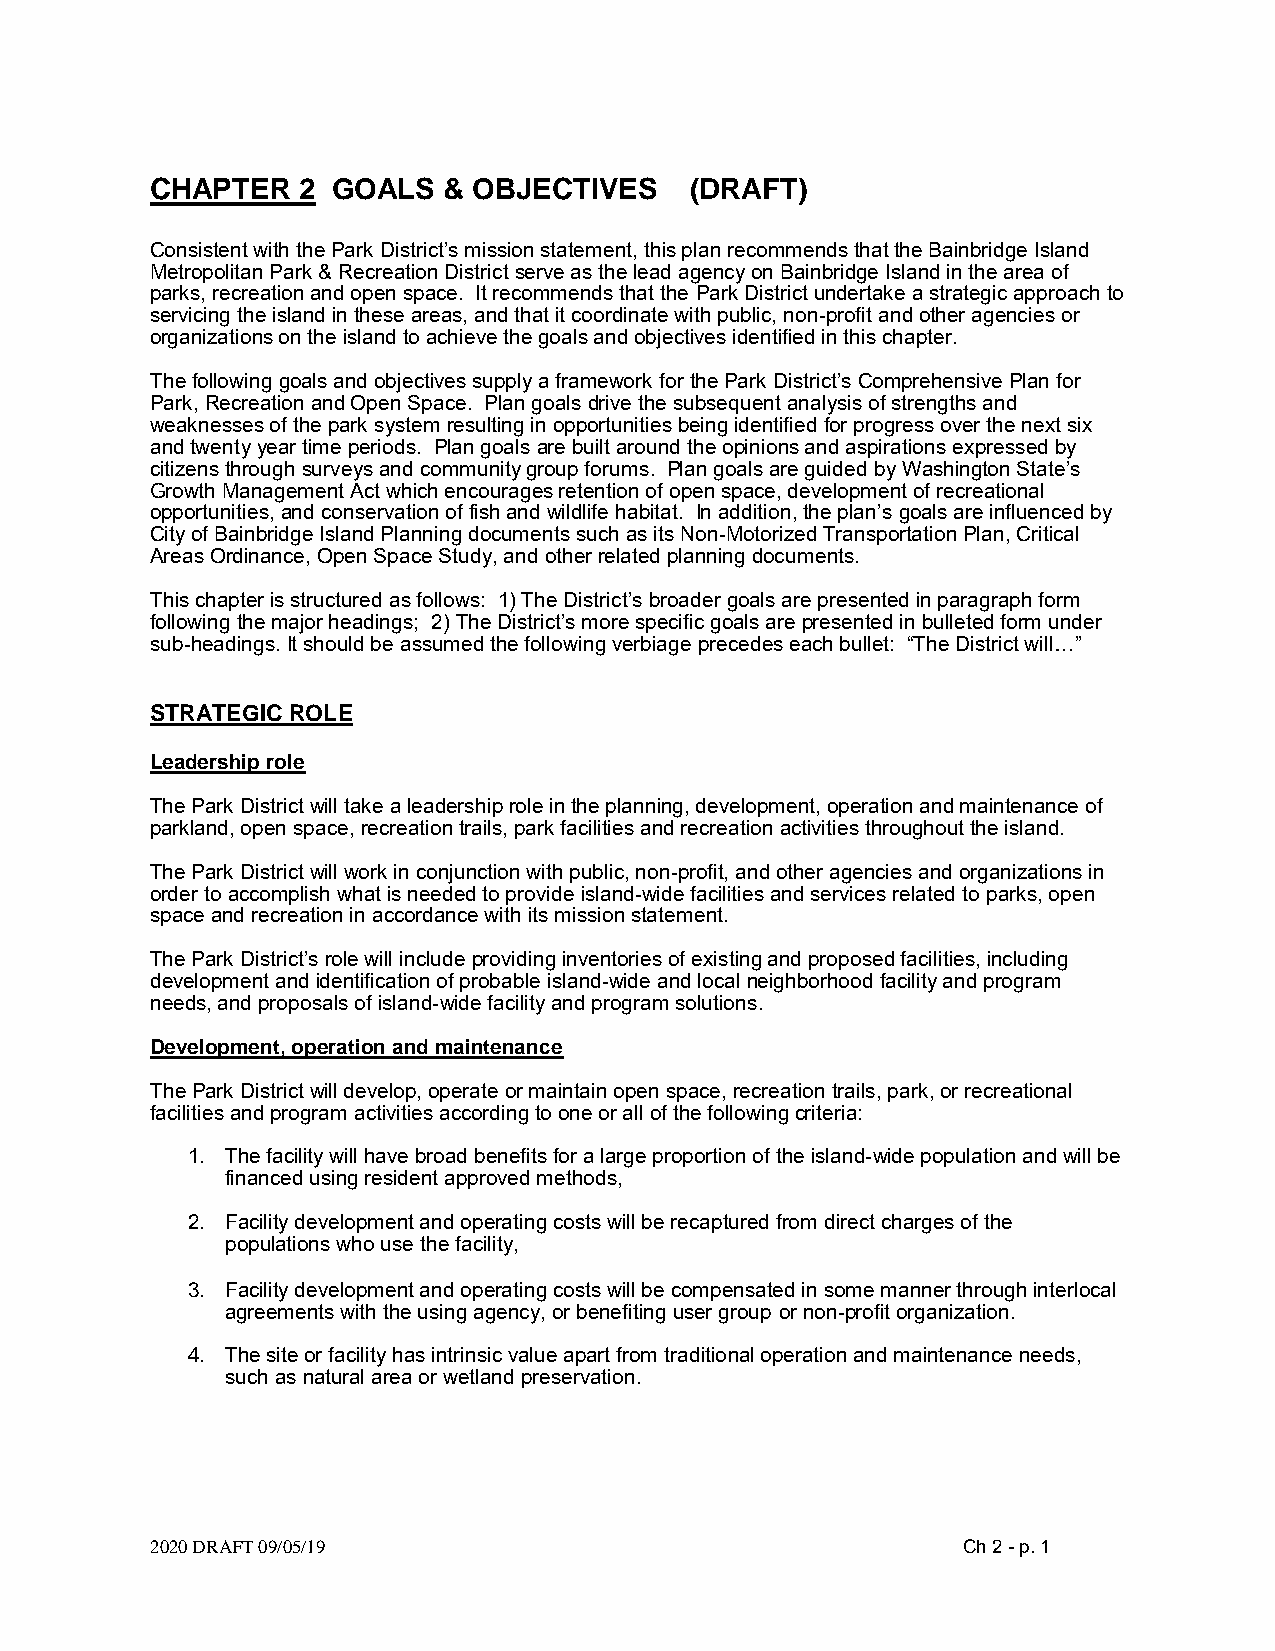
CHAPTER   2 GOALS  & OBJECTIVES     (DRAFT)
 Consistent with the Park District’s mission statement, this plan recommends that the Bainbridge Island
 Metropolitan Park & Recreation District serve as the lead agency on Bainbridge Island in the area of
 parks, recreation and open space. It recommends that the Park District undertake a strategic approach to
 servicing the island in these areas, and that it coordinate with public, non-profit and other agencies or
 organizations on the island to achieve the goals and objectives identified in this chapter.
 The following goals and objectives supply a framework for the Park District’s Comprehensive Plan for
 Park, Recreation and Open Space. Plan goals drive the subsequent analysis of strengths and
 weaknesses of the park system resulting in opportunities being identified for progress over the next six
 and twenty year time periods. Plan goals are built around the opinions and aspirations expressed by
 citizens through surveys and community group forums. Plan goals are guided by Washington State’s
 Growth Management Act which encourages retention of open space, development of recreational
 opportunities, and conservation of fish and wildlife habitat. In addition, the plan’s goals are influenced by
 City of Bainbridge Island Planning documents such as its Non-Motorized Transportation Plan, Critical
 Areas Ordinance, Open Space Study, and other related planning documents.
 This chapter is structured as follows: 1) The District’s broader goals are presented in paragraph form
 following the major headings; 2) The District’s more specific goals are presented in bulleted form under
 sub-headings. It should be assumed the following verbiage precedes each bullet: “The District will…”
 STRATEGIC ROLE
 Leadership role
 The Park District will take a leadership role in the planning, development, operation and maintenance of
 parkland, open space, recreation trails, park facilities and recreation activities throughout the island.
 The Park District will work in conjunction with public, non-profit, and other agencies and organizations in
 order to accomplish what is needed to provide island-wide facilities and services related to parks, open
 space and recreation in accordance with its mission statement.
 The Park District’s role will include providing inventories of existing and proposed facilities, including
 development and identification of probable island-wide and local neighborhood facility and program
 needs, and proposals of island-wide facility and program solutions.
 Development, operation and maintenance
 The Park District will develop, operate or maintain open space, recreation trails, park, or recreational
 facilities and program activities according to one or all of the following criteria:
 1. The facility will have broad benefits for a large proportion of the island-wide population and will be
 financed using resident approved methods,
 2. Facility development and operating costs will be recaptured from direct charges of the
 populations who use the facility,
 3. Facility development and operating costs will be compensated in some manner through interlocal
 agreements with the using agency, or benefiting user group or non-profit organization.
 4. The site or facility has intrinsic value apart from traditional operation and maintenance needs,
 such as natural area or wetland preservation.
 2020 DRAFT 09/05/19                                   Ch 2 - p. 1